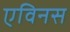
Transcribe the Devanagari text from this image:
एविनस